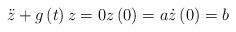
LaTeX: \begin{align*}\ddot{z}+g\left( t\right) z=0z\left( 0\right) =a\dot{z}\left( 0\right) =b \end{align*}